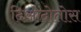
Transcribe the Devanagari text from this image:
दिओदोतोस